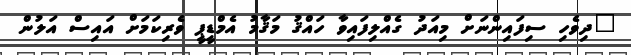
"ދިވެހި ސިފައިންނަށް މިއަދު ގެއްލިފައިވާ ހައްޤު މަޤާމު އެމްޑީޕީ ވެރިކަމަށް އައިސް އަލުން